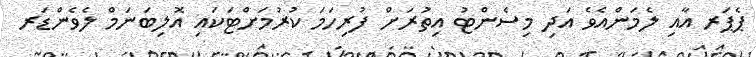
ޕެޕަރ އާއި ލެމަންއެވެ އަދި މިސެންޓު އިތުރަށް ފުރިހަމަ ކުރުމަށްޓަކައި އޮލިބަނަމް ލެވެންޑަރ